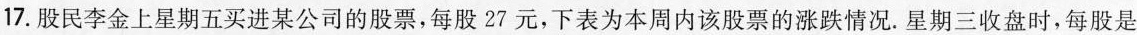
17.股民李金上星期五买进某公司的股票，每股27元，下表为本周内该股票的涨跌情况.星期三收盘时，每股是